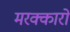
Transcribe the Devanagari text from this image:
मरक्कारों